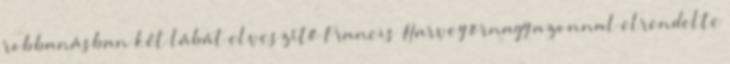
robbanásban két lábát elveszítő Francis Harvey őrnagy azonnal elrendelte